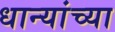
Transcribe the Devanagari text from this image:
धान्यांच्या